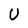
Character: U